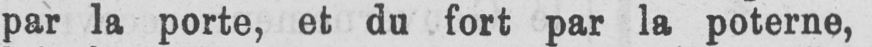
par la porte, et du fort par la poterne,